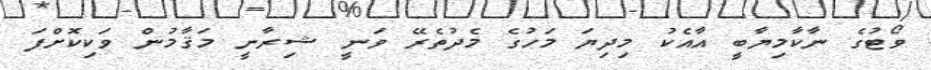
ވޯޓުގެ ނާކާމިޔާބީ އާއެކު މިދިޔަ މަހުގެ މެދުތެރޭ ވަނީ ޝިރާނީ މަޤާމުން ވަކިކޮށްފަ